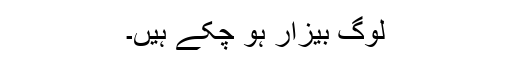
لوگ بیزار ہو چکے ہیں۔